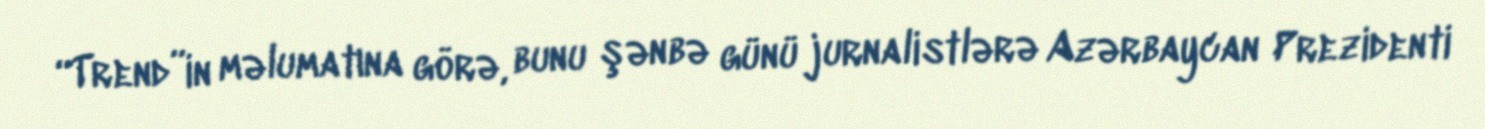
“Trend”in məlumatına görə, bunu şənbə günü jurnalistlərə Azərbaycan Prezidenti